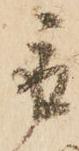
取